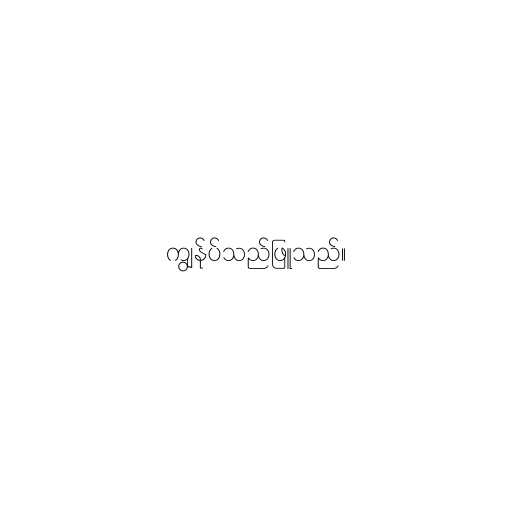
ကျွန်ုပ်သည်ဖြူသည်။